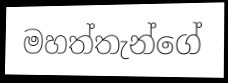
මහත්තැන්ගේ